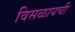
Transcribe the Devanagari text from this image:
विसळायची